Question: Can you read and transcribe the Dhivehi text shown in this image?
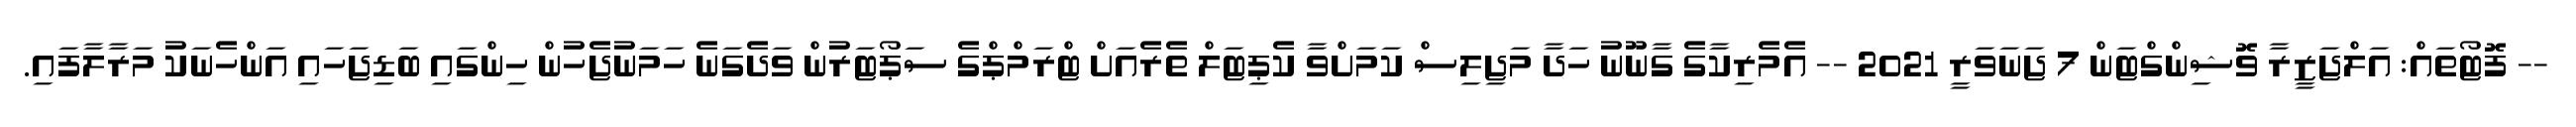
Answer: -- ފޮޓޯތައް: އަލްޖަޒީރާ ވޮޝިންގްޓަން 7 ޖަނަވަރީ 2021 -- އެމެރިކާގެ ގާނޫނު ހަދާ މަޖިލިސް ކަމަށްވާ ކެޕިޓަލް ތެރެއަށް ޓްރަމްޕްގެ ސަޕޯޓަރުން ވަދެގަނެ ހަމަނުޖެހުން ހިންގައި ބަޑިޖަހައި އަންހެނަކު މަރާލާފައި.